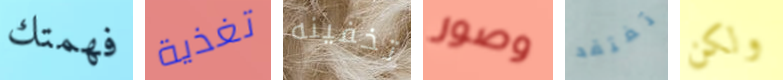
فهمتك تغذية تخفينه وصور تفتقد ولكن